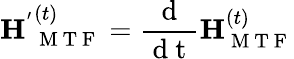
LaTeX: \mathbf{H^{'}}_{\mathrm{~M~T~F~}}^{(t)}=\frac{\mathrm{~d~}}{\mathrm{~d~t~}}\mathbf{H}_{\mathrm{~M~T~F~}}^{(t)}